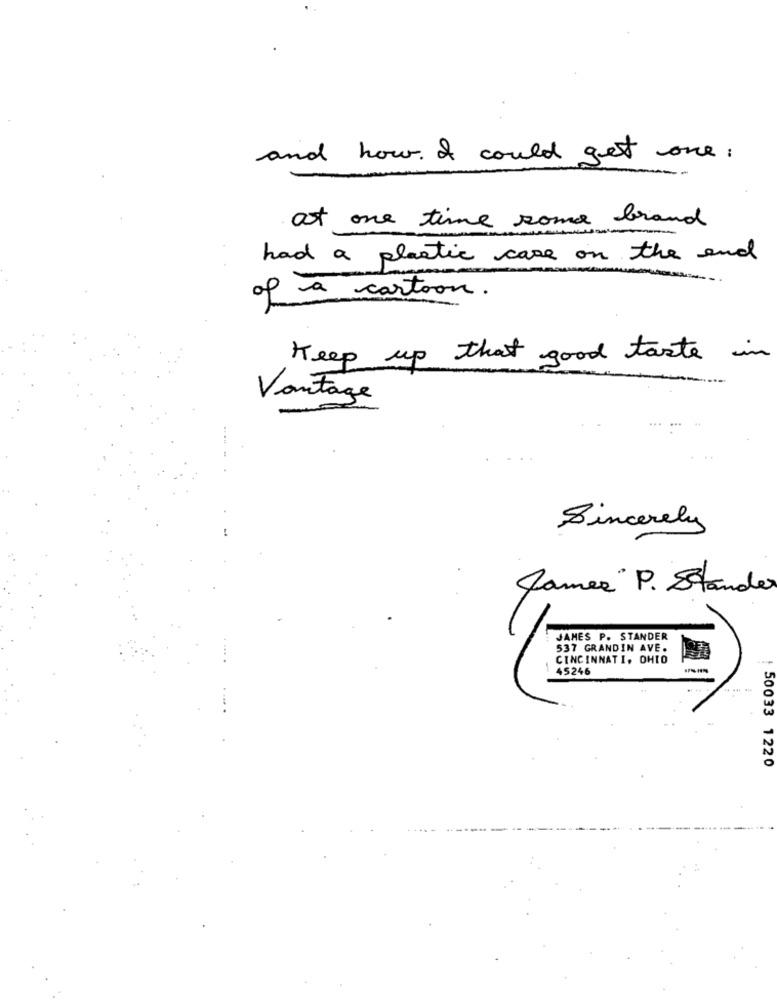
and how. I could get one:
at one time some brand
had a plastic case on the end
of a cartoon.
Keep up that good taste
in
Vantage
Sincerely
James P. Stander
JAMES P. STANDER
537 GRANDIN AVE.
CINCINNATI, OHIO
--
45246
--
--
50033 1220